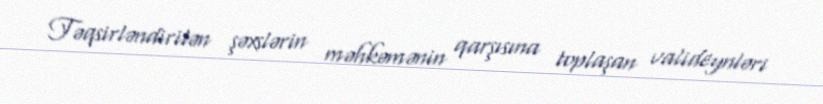
Təqsirləndirilən şəxslərin məhkəmənin qarşısına toplaşan valideynləri